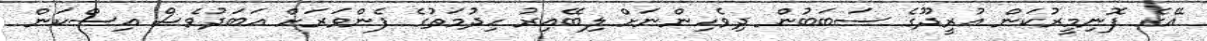
އޭގެ ފޮނިމީރުކަން އުރީދޫގެ ސަބަބުން ދިވެހިންނަށް ލިބޭއިރު ހިދުމަތުގެ ފެންވަރަށް އަބަދުވެސް އިސްކަން